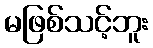
မဖြစ်သင့်ဘူး